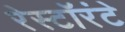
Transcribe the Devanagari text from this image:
रेस्टॉरंटे